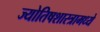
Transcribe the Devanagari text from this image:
ज्योतिषशास्त्रामध्ये